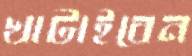
খাটাইবেন